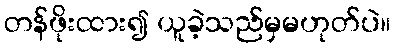
တန်ဖိုးထား၍ ယူခဲ့သည်မှမဟုတ်ပဲ။